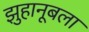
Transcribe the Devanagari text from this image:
झुहानूबला